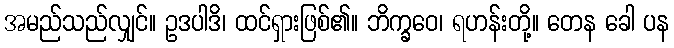
အမည်သည်လျှင်။ ဥဒပါဒိ၊ ထင်ရှားဖြစ်၏။ ဘိက္ခဝေ၊ ရဟန်းတို့။ တေန ခေါ ပန